Annual report of lunatic asylums [Bombay] - 1912-1922
Year: 1912
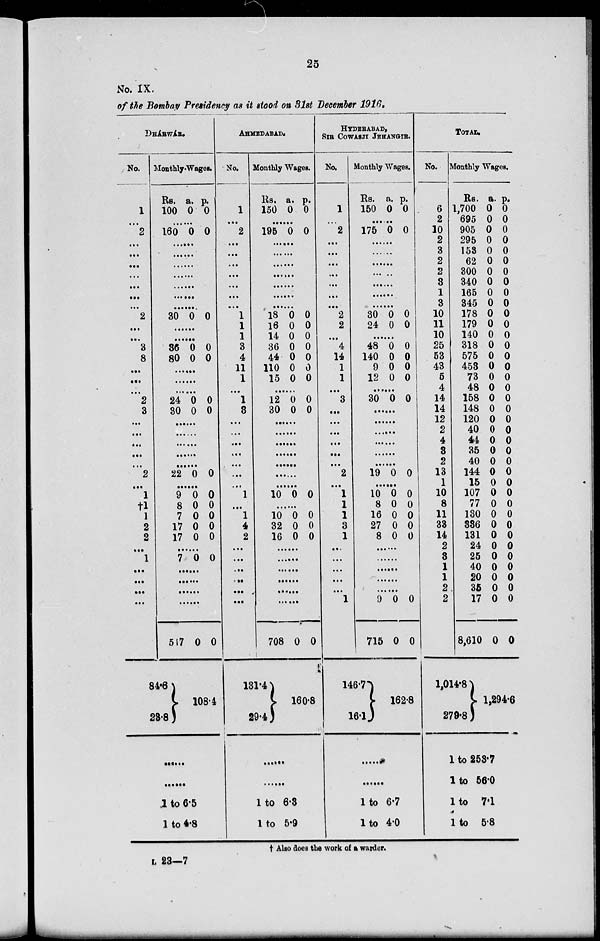
25
No. IX.
of the Bombay Presidency as it stood on 31st December 1916.
DHÁRWÁR.
No.
1
...
2
...
...
...
...
...
...
...
2
...
...
3
8
...
...
...
2
3
...
...
...
...
...
2
...
1
†1
1
2
2
...
1
...
...
...
...
Monthly Wages.
Rs.
100
a.
0
p.
0
......
160 0 0
......
......
......
......
......
......
......
30 0 0
......
......
36
80
0
0
0
0
......
......
......
24
30
0
0
0
0
......
......
......
......
......
22 0 0
......
9
8
7
17
17
0
0
0
0
0
0
0
0
0
0
......
7 0 0
......
......
......
......
517
84.6
23.8
0 0
108.4
......
......
1 to 6.5
1 to 4.8
AHMEDABAD.
No.
1
...
2
...
...
...
...
...
...
...
1
1
1
3
4
11
1
...
1
3
...
...
...
...
...
...
...
1
...
1
4
2
...
...
...
...
...
...
Monthly Wages.
Rs.
150
a.
0
p.
0
......
195 0 0
......
......
......
......
......
......
......
18
16
14
36
44
110
15
0
0
0
0
0
0
0
0
0
0
0
0
0
0
......
12
30
0
0
0
0
......
......
......
......
......
......
......
10 0 0
......
10
32
16
0
0
0
0
0
0
......
......
......
......
......
......
708
131.4
29.4
0 0
160.8
......
......
1 to 6.3
1 to 5.9
HYDERABAD,
SIR COWASJI JEHANGIR.
No.
1
...
2
...
...
...
...
...
...
...
2
2
...
4
14
1
1
...
3
...
...
...
...
...
...
2
...
1
1
1
3
1
...
...
...
...
...
1
Monthly Wages.
Rs.
150
a.
0
p.
0
......
175 0 0
......
......
......
......
......
......
......
30
24
0
0
0
0
......
48
140
9
12
0
0
0
0
0
0
0
0
......
30 0 0
......
......
......
......
......
......
19 0 0
......
10
8
16
27
8
0
0
0
0
0
0
0
0
0
0
......
......
......
......
......
9
715
146.7
16.1
0
0
0
0
162.8
......
......
1 to 6.7
1 to 4.0
TOTAL.
No.
6
2
10
2
3
2
2
3
1
3
10
11
10
25
53
43
5
4
14
14
12
2
4
3
2
13
1
10
8
11
33
14
2
3
1
1
2
2
Monthly Wages.
Rs.
1,700
695
905
295
153
62
300
340
165
345
178
179
140
318
575
453
73
48
158
148
120
40
44
35
40
144
15
107
77
130
336
131
24
25
40
20
35
17
8,610
1,014.8
279.8
a.
0
0
0
0
0
0
0
0
0
0
0
0
0
0
0
0
0
0
0
0
0
0
0
0
0
0
0
0
0
0
0
0
0
0
0
0
0
0
0
p.
0
0
0
0
0
0
0
0
0
0
0
0
0
0
0
0
0
0
0
0
0
0
0
0
0
0
0
0
0
0
0
0
0
0
0
0
0
0
0
1,294.6
1 to 253.7
1 to 56.0
1 to 7.1
1 to 5.8
† Also does the work of a warder.
L 23—7